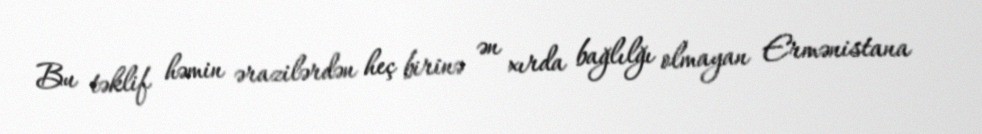
Bu təklif həmin ərazilərdən heç birinə ən xırda bağlılğı olmayan Ermənistana